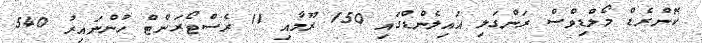
ކޮންރެޑް މޯލްޑިވްސް ރަންގަލި އައިލެންޑްގައި 150 ރޫމާއި 11 ރެސްޓޯރަންޓް ހުންނައިރު 540